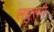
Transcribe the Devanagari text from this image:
लघुरूपे